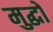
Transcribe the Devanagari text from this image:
मुद्धो